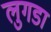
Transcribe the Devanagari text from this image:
लुगडा